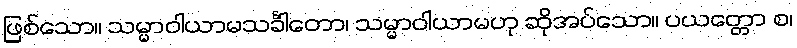
ဖြစ်သော။ သမ္မာဝါယာမသင်္ခါတော၊ သမ္မာဝါယာမဟု ဆိုအပ်သော။ ပယတ္တော စ၊